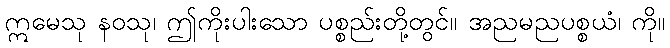
ဣမေသု နဝသု၊ ဤကိုးပါးသော ပစ္စည်းတို့တွင်။ အညမညပစ္စယံ၊ ကို။